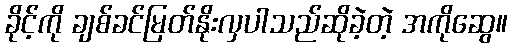
ခိုင့်ကို ချစ်ခင်မြတ်နိုးလှပါသည်ဆိုခဲ့တဲ့ အကိုဆွေ။